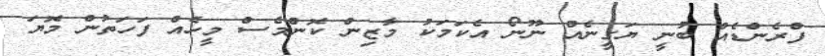
ފްރެންޑެއް ބުނީ ޔަގީނެއް ނޫނޯ އެކަމަކު މާޒިން ކޮންމެސް މީހެއް ފަހަތުން މޮޔަ